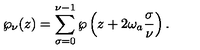
\wp _ { \nu } ( z ) = \sum _ { \sigma = 0 } ^ { \nu - 1 } \wp \left( z + 2 \omega _ { a } \frac { \sigma } { \nu } \right) .